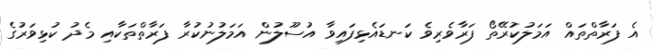
އެ ފަރާތްތައް އަމަލުކުރޭތޯ ފަރާވެރިވެ ކަނޑައެޅިފައިވާ އުސޫލުން އަމަލުނުކުރާ ފަރާތްތަކާއި މެދު ކުޅިވަރުގެ